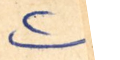
٢